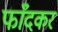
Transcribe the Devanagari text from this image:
फाँदकर